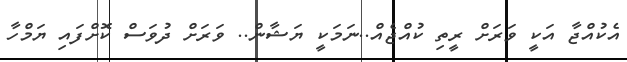
އެކުއްޖާ އަކީ ވަރަށް ރީތި ކުއްޖެއް..ނަމަކީ ޔަޝާން.. ވަރަށް ދުވަސް ކޮށްފައި ޔަމްހާ